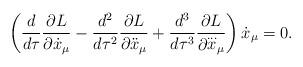
LaTeX: \begin{align*}\left(\frac{d}{d\tau}\frac{\partial L}{\partial{\dot x}_\mu}-\frac{d^2}{d\tau^2}\frac{\partial L}{\partial{\ddot x}_\mu}+\frac{d^3}{d\tau^3}\frac{\partial L}{\partial{\stackrel{\ldots}{x}}_\mu}\right){\dot x}_\mu=0.\end{align*}